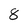
Character: 8